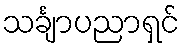
သင်္ချာပညာရှင်